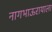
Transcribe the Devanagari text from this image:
नागभाऊरायाला